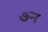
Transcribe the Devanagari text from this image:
७न